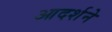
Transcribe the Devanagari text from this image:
आदर्शने